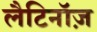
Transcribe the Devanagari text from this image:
लैटिनॉज़